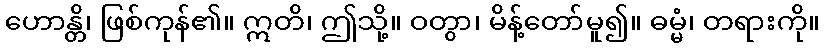
ဟောန္တိ၊ ဖြစ်ကုန်၏။ ဣတိ၊ ဤသို့။ ဝတွာ၊ မိန့်တော်မူ၍။ ဓမ္မံ၊ တရားကို။